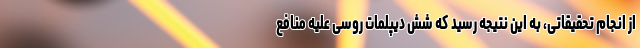
از انجام تحقیقاتی، به این نتیجه رسید که شش دیپلمات روسی علیه منافع